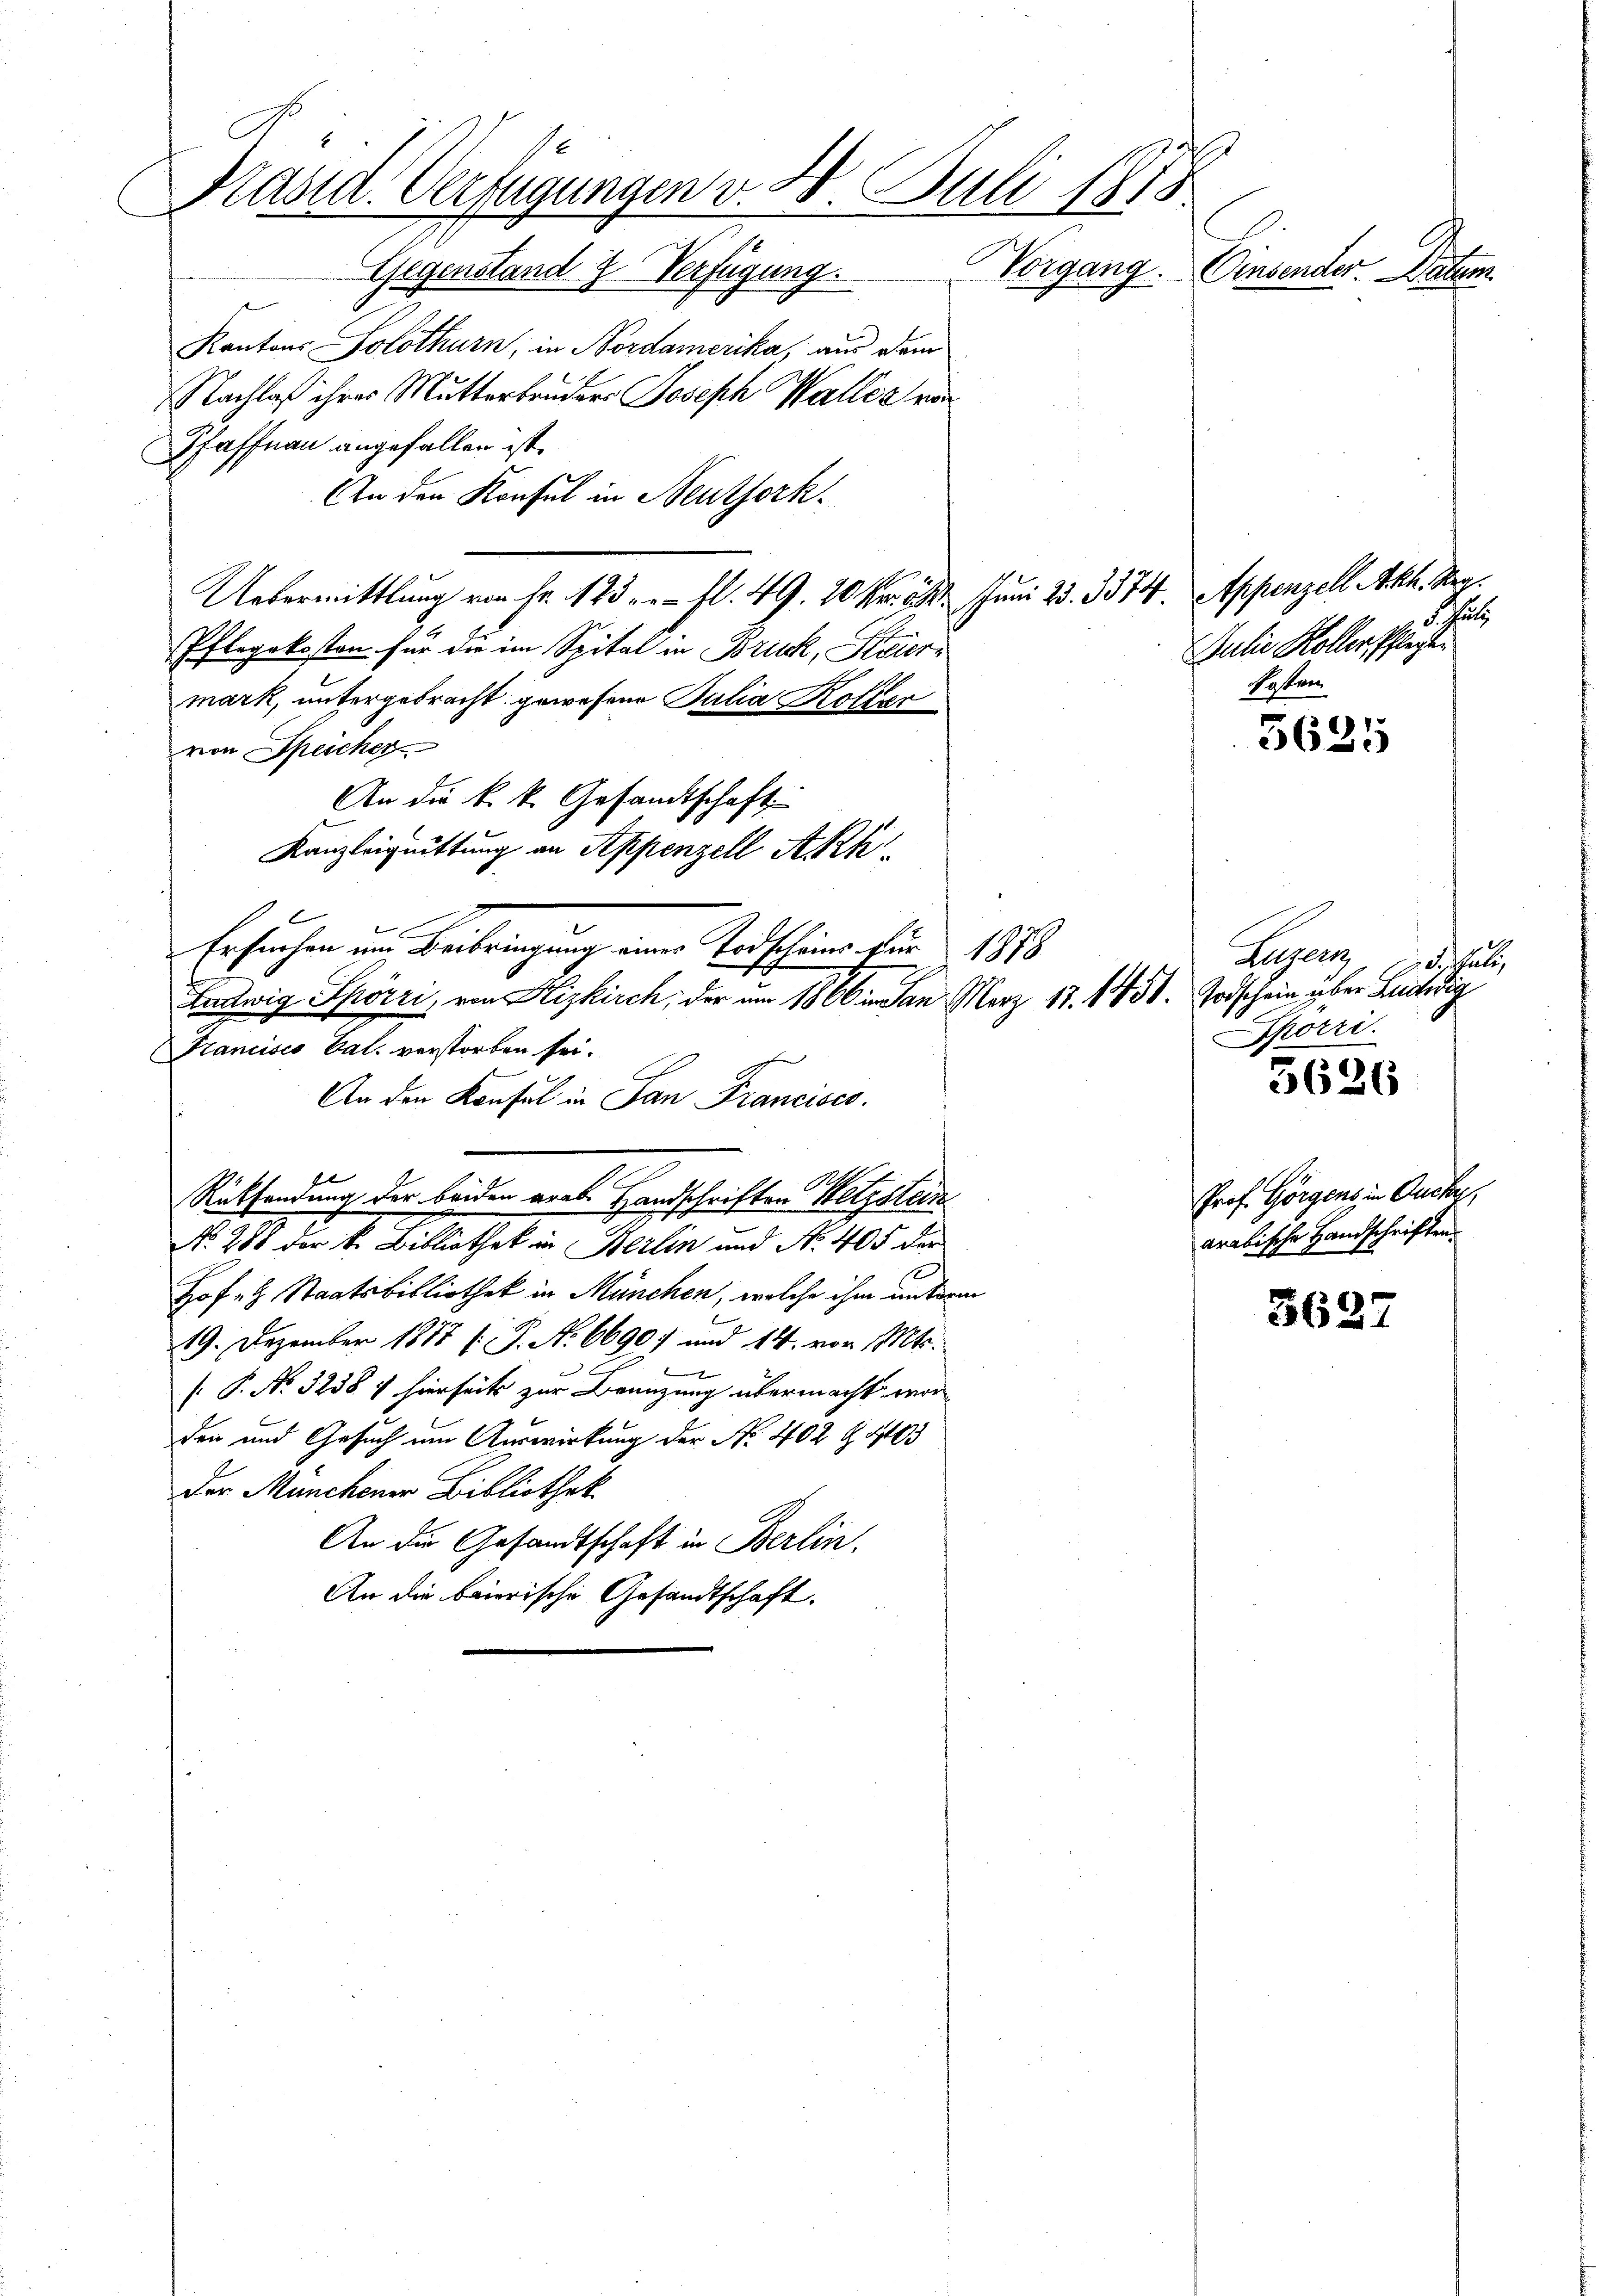
Präsid. Verfügungen v. 20. Juli 1875
Gegenstand z. Verfügung. Vorgang. Einsender Datum
Kantons Solothurn, in Nordamerika, aus dem
Nachlaß ihres Mutterbruders Joseph Waller von

Pfaffnau angefallen ist.
An den Konsul in Neuthork
Uebermittlung von Fr. 123. fl. 49. 20 Fr. 5. Juni 28. 3374
Pflegekosten für die im Spital in Bruck, Koiermark, untergebracht gewesene Julia Koller
von Speicher
An die k. k. Gesandtschaft
Kanzleiquittung an Appenzell Akk
x
Ersuchen um Beibringung eine Todscheins für 1878
Ludwig Spörri, von Hizkirch, der am 1866 an März 17. 1888. Todschein aber Leidewig
Francisco Val. verstorben sei.
A
An den Konsul in San Francisco
.
Rüksendung der beiden arab. Handschriften Wetzstein
No. 288 der k. Bibliothek in Berlin und No. 405 des
Hofel Staatsbibliothek in München, welche ihm unterm
19. Dezember 1888 f. No 66907 und 14, von Mts.
[ P. No. 3258 f hierseits zur Branzung übermacht wor
den und Gesuch um Auswirkung der No. 402 f. 463
Der Münchener Bibliothek
An die Gesandtschaft in Berlin.
An die baierische Gesandtschaft.

5635

3626

Prof. Görgens in Buche,
arabische Handschriften.

3627

Appenzell Akh. Reg.
lutz
ulie Koller schienen
kosten

Luzern des Juli
Sporri